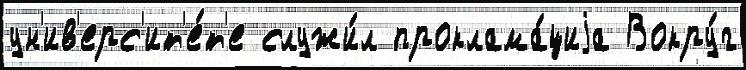
ун'ив'ерс'ит'е́т'е служи́л проклама́циjа Вокру́г